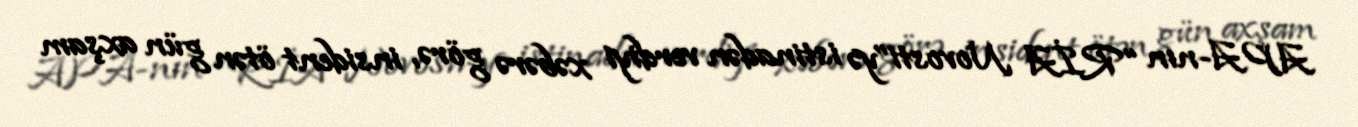
APA-nın “RİA Novosti”yə istinadən verdiyi xəbərə görə, insident ötən gün axşam